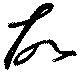
故